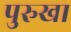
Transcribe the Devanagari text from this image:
पुरुखा